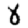
Digit: 8